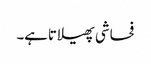
فحاشی پھیلاتاہے۔